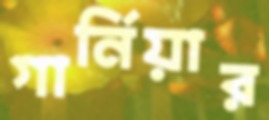
গার্নিয়ার